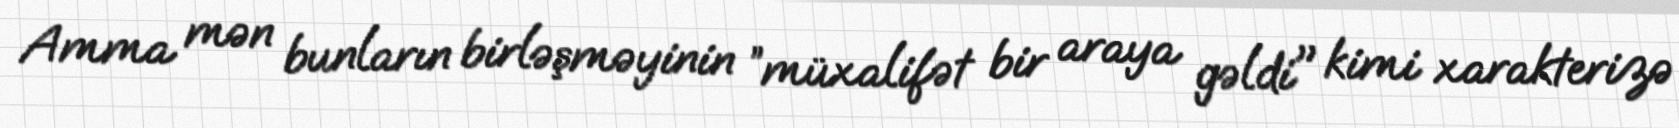
Amma mən bunların birləşməyinin ”müxalifət bir araya gəldi" kimi xarakterizə